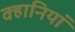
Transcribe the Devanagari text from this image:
क्हानियां